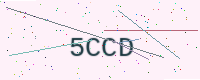
Text: 5CCD